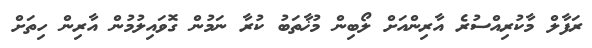
ރަފާލް މާކުރިއްސުރެ އާރިންއަށް ލޯބިން މުޚާތަބު ކުރާ ނަމުން ގޮވައިލުމުން އާރިން ހިތަށް